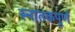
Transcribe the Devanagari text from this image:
स्नातकपूर्ण